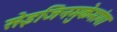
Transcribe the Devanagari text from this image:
सेइजिनमुकेमांगा